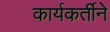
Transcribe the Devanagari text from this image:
कार्यकर्तीने